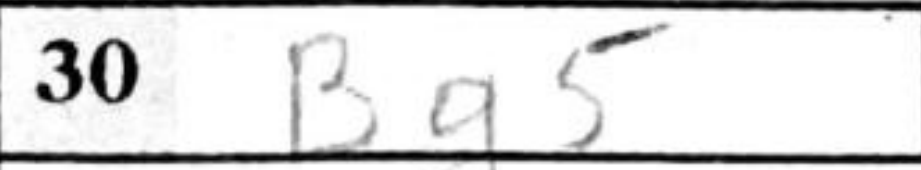
Transcription: Bg5